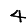
Digit: 4